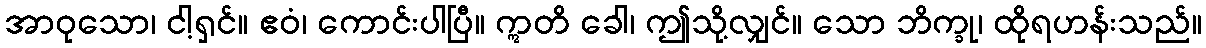
အာဝုသော၊ ငါ့ရှင်။ ဧဝံ၊ ကောင်းပါပြီ။ ဣတိ ခေါ၊ ဤသို့လျှင်။ သော ဘိက္ခု၊ ထိုရဟန်းသည်။